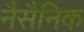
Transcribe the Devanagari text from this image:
नैसैनिक